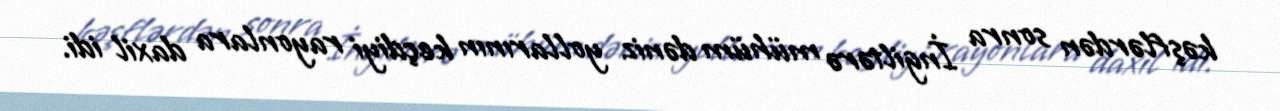
kəşflərdən sonra İngiltərə mühüm dəniz yollarının keçdiyi rayonlara daxil idi.